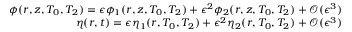
\begin{array} { r l r } & { } & { \phi ( r , z , T _ { 0 } , T _ { 2 } ) = \epsilon \phi _ { 1 } ( r , z , T _ { 0 } , T _ { 2 } ) + \epsilon ^ { 2 } \phi _ { 2 } ( r , z , T _ { 0 } , T _ { 2 } ) + \mathcal { O } ( \epsilon ^ { 3 } ) } \\ & { } & { \eta ( r , t ) = \epsilon \eta _ { 1 } ( r , T _ { 0 } , T _ { 2 } ) + \epsilon ^ { 2 } \eta _ { 2 } ( r , T _ { 0 } , T _ { 2 } ) + \mathcal { O } ( \epsilon ^ { 3 } ) } \end{array}